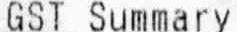
GST SUMMARY